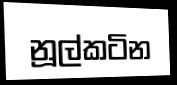
නූල්කටින